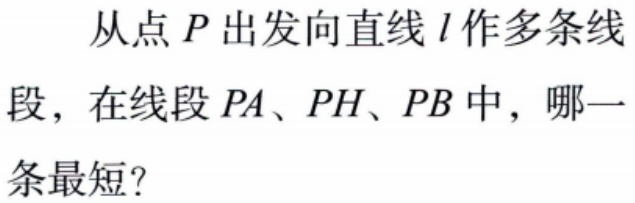
从点 \(P\) 出发向直线 \(l\) 作多条线段，在线段 \(PA、PH、PB\) 中，哪一条最短？